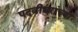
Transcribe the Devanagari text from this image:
पदवीधरांच्या